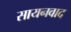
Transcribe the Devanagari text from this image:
सायनवाद